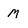
Character: M